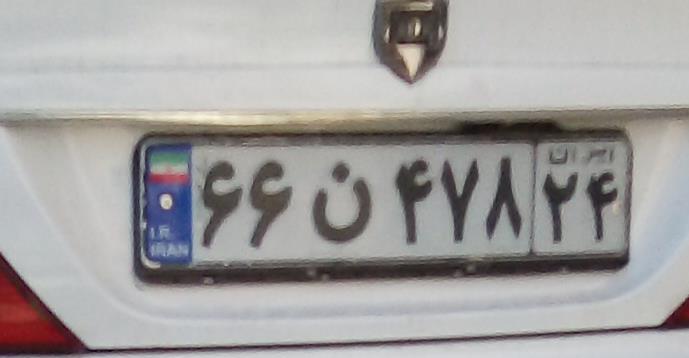
۶۶ن۴۷۸۲۴